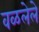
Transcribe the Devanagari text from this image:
वळलेले